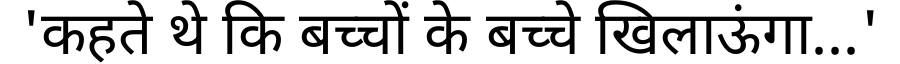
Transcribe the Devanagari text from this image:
'कहते थे कि बच्चों के बच्चे खिलाऊंगा...'